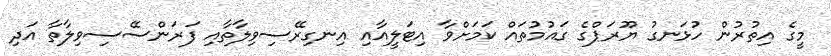
މީގެ އިތުރުން ހުޅަނގު ޔޫރަޕްގެ ގައުމުތައް ކަމަށްވާ އިޓަލީއާއި އިނގިރޭސިވިލާތާއި ފަރަންސޭސިވިލާތާ އަދި